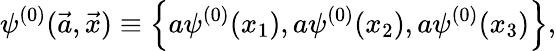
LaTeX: \psi^{(0)}(\vec{a},\vec{x})\equiv\left\{ a\psi^{(0)}(x_{1}),a\psi^{(0)}(x_{2}),a\psi^{(0)}(x_{3})\right\} ,